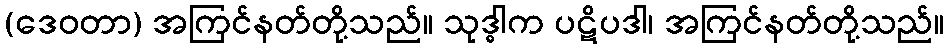
(ဒေဝတာ) အကြင်နတ်တို့သည်။ သုဒ္ဓါက ပဋိပဒါ၊ အကြင်နတ်တို့သည်။